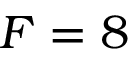
F = 8